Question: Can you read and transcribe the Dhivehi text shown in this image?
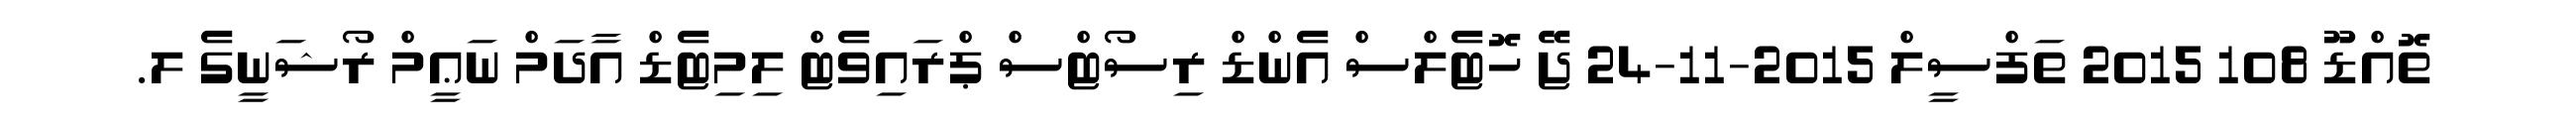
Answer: ތޮއްޑޫ 108 2015 ތަފްސީލް 2015-11-24 ޖޭ ހޮޓެލްސް އެންޑް ރިސޯޓްސް ޕްރައިވެޓް ލިމިޓެޑް އާދަމް ނަޢީމް ރޯޝަނީގެ ލ.